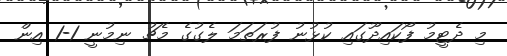
މި ދެޓީމު ފޯކައިދޫގައި ކުޅުނު ފުރަތަމަ ލެގުގެ މެޗު ނިމުނީ 1-1 އިން